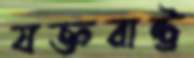
যক্তরাষ্ট্র